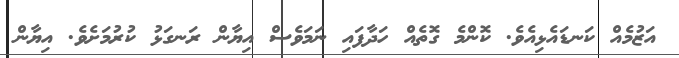
އަޒުމެއް ކަނޑައެޅިއެވެ. ކޮންމެ ގޮތެއް ހަދާފައި ނަމަވެސް އިޔާން ރަނގަޅު ކުރުމަށެވެ. އިޔާން